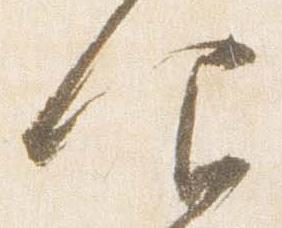
仰